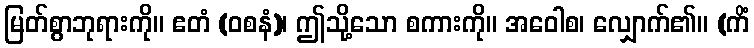
မြတ်စွာဘုရားကို။ ဧတံ (ဝစနံ)၊ ဤသို့သော စကားကို။ အဝေါစ၊ လျှောက်၏။ (ကိံ